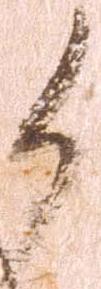
候